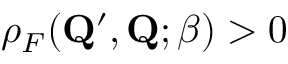
\rho _ { F } ( \mathbf { Q } ^ { \prime } , \mathbf { Q } ; \beta ) > 0